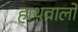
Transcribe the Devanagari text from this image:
हाथवालों